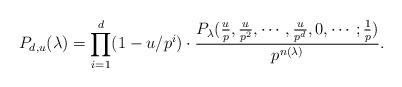
LaTeX: \begin{align*}P_{d,u}(\lambda) = \prod_{i=1}^d (1-u/p^i) \cdot \frac{P_{\lambda}(\frac{u}{p},\frac{u}{p^2},\cdots,\frac{u}{p^d},0,\cdots ; \frac{1}{p})}{p^{n(\lambda)}} .\end{align*}